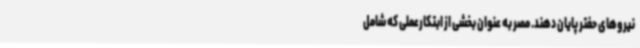
نیروهای حفتر پایان دهند. مصر به عنوان بخشی از ابتکارعملی که شامل